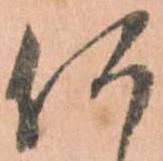
何